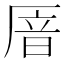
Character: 𫨏